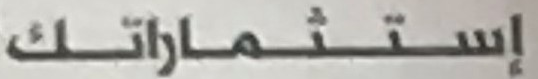
إستثماراتك